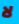
لا